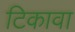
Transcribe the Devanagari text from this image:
टिकावा